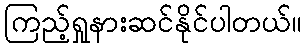
ကြည့်ရှုနားဆင်နိုင်ပါတယ်။